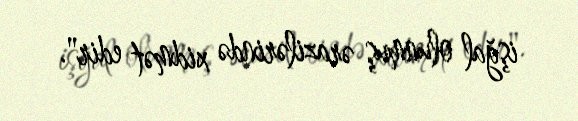
işğal olunmuş ərazilərində xidmət edir".